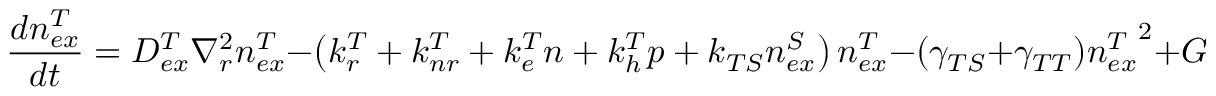
\frac { d n _ { e x } ^ { T } } { d t } = D _ { e x } ^ { T } \nabla _ { r } ^ { 2 } n _ { e x } ^ { T } - \left( k _ { r } ^ { T } + k _ { n r } ^ { T } + k _ { e } ^ { T } n + k _ { h } ^ { T } p + k _ { T S } n _ { e x } ^ { S } \right) n _ { e x } ^ { T } - ( \gamma _ { T S } + \gamma _ { T T } ) { n _ { e x } ^ { T } } ^ { 2 } + G _ { e x } ^ { T } ,